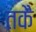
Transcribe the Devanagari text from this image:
तकै